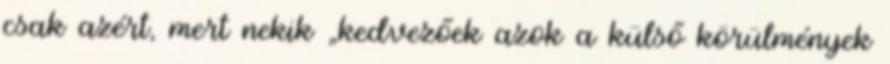
csak azért, mert nekik „kedvezőek azok a külső körülmények